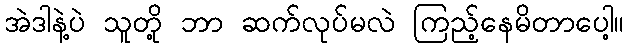
အဲဒါနဲ့ပဲ သူတို့ ဘာ ဆက်လုပ်မလဲ ကြည့်နေမိတာပေါ့။